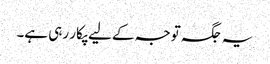
یہ جگہ توجہ کے لیے پکار رہی ہے۔